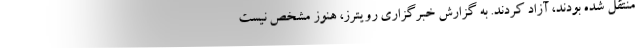
منتقل شده بودند، آزاد کردند. به گزارش خبرگزاری رویترز، هنوز مشخص نیست